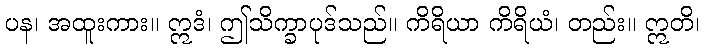
ပန၊ အထူးကား။ ဣဒံ၊ ဤသိက္ခာပုဒ်သည်။ ကိရိယာ ကိရိယံ၊ တည်း။ ဣတိ၊